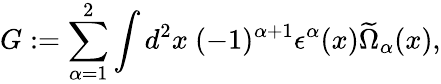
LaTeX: G:=\sum_{\alpha=1}^{2}\int d^{2}x~(-1)^{\alpha+1}\epsilon^{\alpha}(x)\widetilde\Omega_{\alpha}(x),